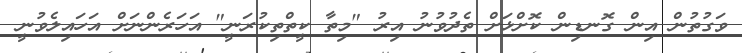
ވަގުތުން އިން ގޮނޑިން ކޮށްޅަށް ތެދުވުނު އިރު "މިތާ ކީތްތިކުރަނީ" އަހަރެންނަށް އަހައިލެވުނީ